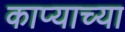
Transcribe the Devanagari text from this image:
काप्याच्या